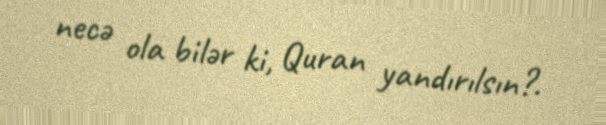
necə ola bilər ki, Quran yandırılsın?.